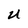
Character: U